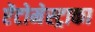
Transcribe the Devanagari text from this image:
ऐंटोमेस्ट्राका